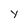
Character: Y